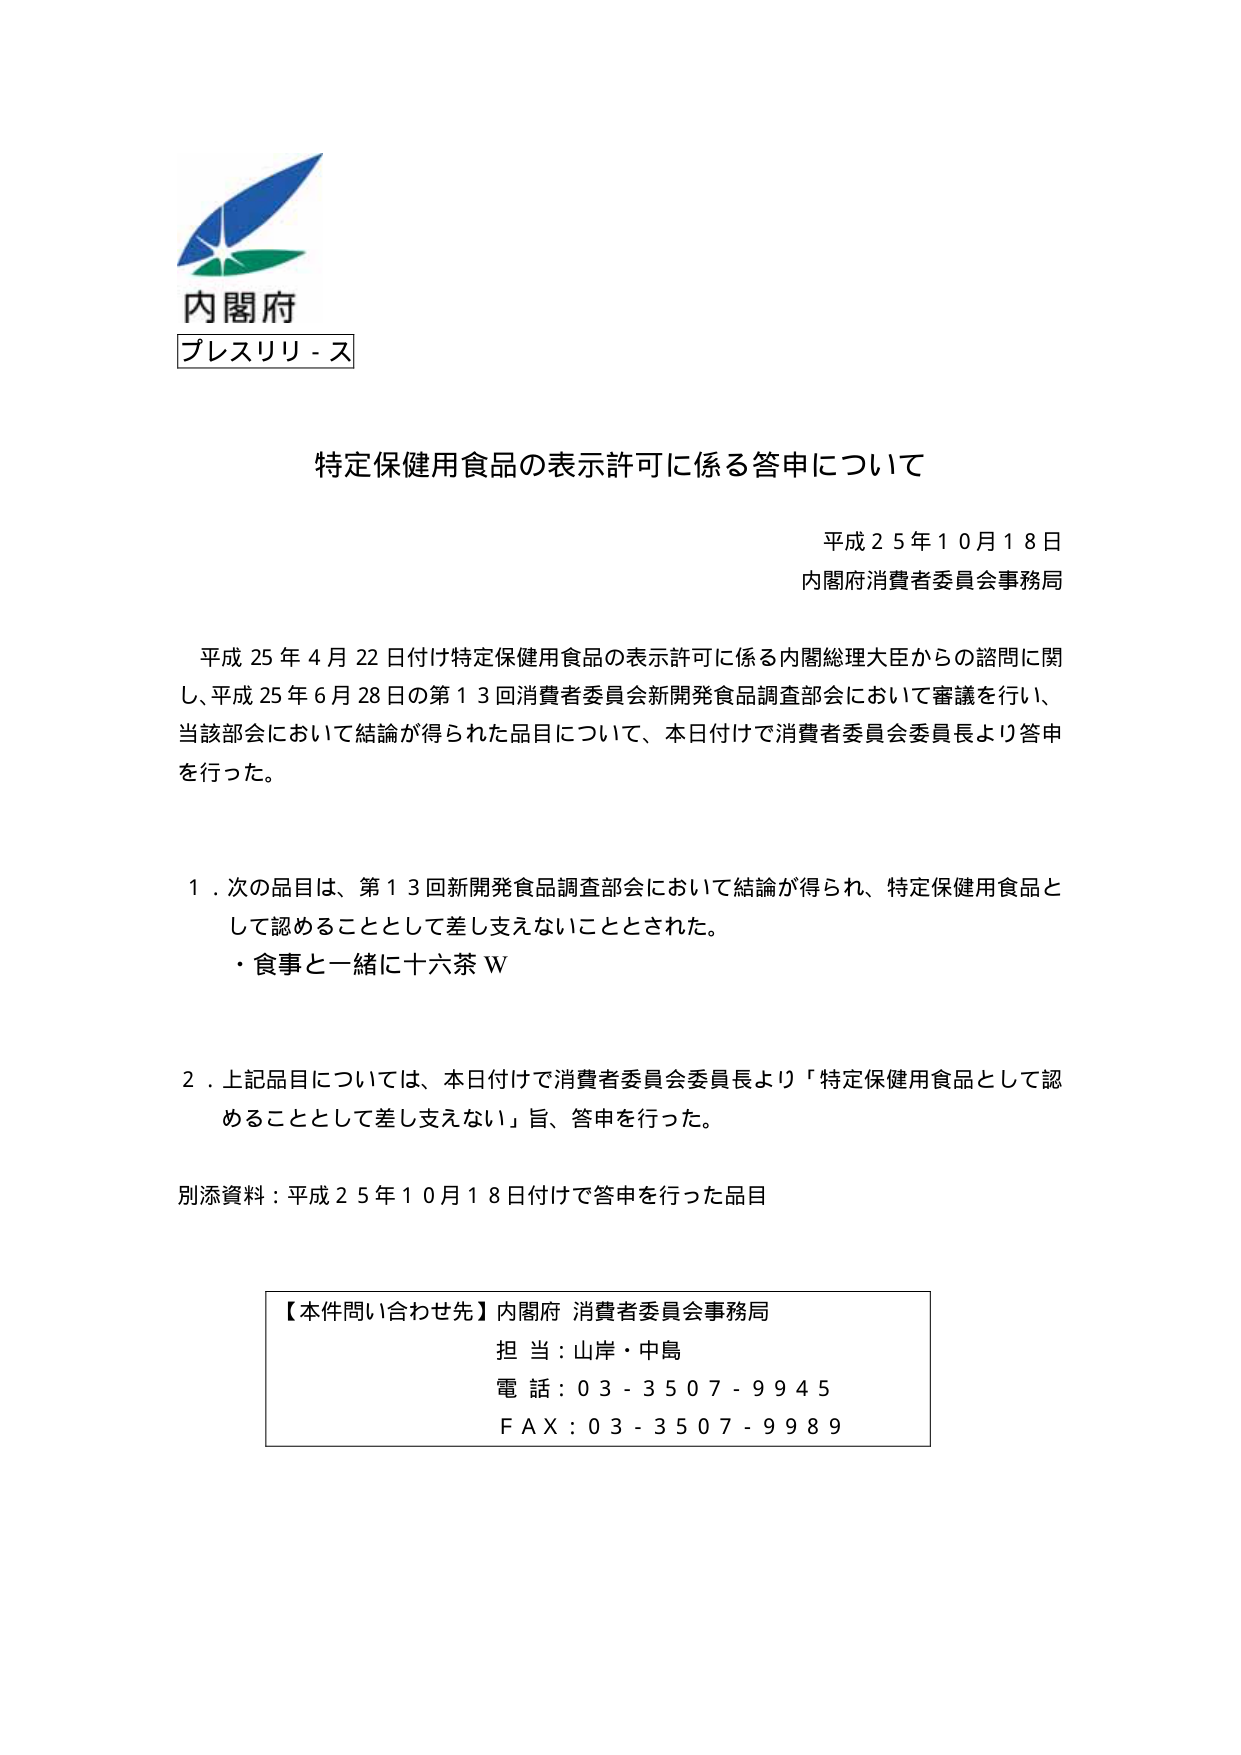
内閣府
プレスリリ－ス

特定保健用食品の表示許可に係る答申について

平成25年10月18日
内閣府消費者委員会事務局

平成25年4月22日付け特定保健用食品の表示許可に係る内閣総理大臣からの諮問に関し、平成25年6月28日の第13回消費者委員会新開発食品調査部会において審議を行い、当該部会において結論が得られた品目について、本日付けで消費者委員会委員長より答申を行った。

1．次の品目は、第13回新開発食品調査部会において結論が得られ、特定保健用食品として認めるることとして差し支えないこととされた。
・食事と一緒に十六茶W

2．上記品目については、本日付けで消費者委員会委員長より「特定保健用食品として認めるることとして差し支えない」旨、答申を行った。

別添資料：平成25年10月18日付けで答申を行った品目

【本件問い合わせ先】内閣府 消費者委員会事務局
担当：山岸・中島
電話：03-3507-9945
FAX：03-3507-9989